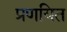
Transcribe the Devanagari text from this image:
प्रणयित